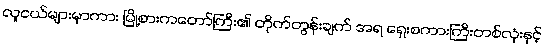
လူငယ်များမှာကား မြို့စားကတော်ကြီး၏ တိုက်တွန်းချက် အရ ရှေးစကားကြီးတစ်လုံးနှင့်